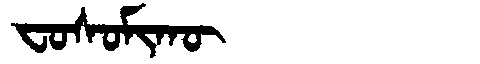
Manchu: ᠸᠣᠰᠣᠮᡳᡴᡡ
Romanization: FOSOMIKŪ